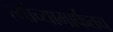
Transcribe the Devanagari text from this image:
त्यांच्यामार्फतच